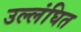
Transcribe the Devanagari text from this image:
उल्लंघित